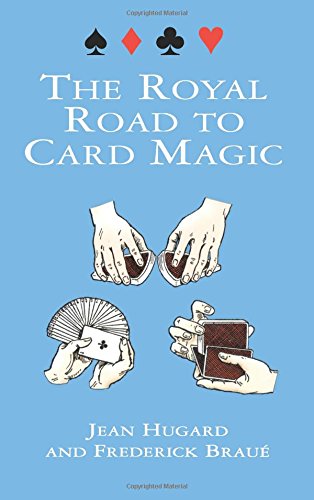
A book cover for The Royal Road to Card Magic; Jean Hugard; Humor & Entertainment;